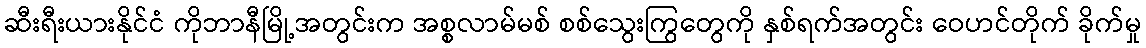
ဆီးရီးယားနိုင်ငံ ကိုဘာနီမြို့အတွင်းက အစ္စလာမ်မစ် စစ်သွေးကြွတွေကို နှစ်ရက်အတွင်း ဝေဟင်တိုက် ခိုက်မှု